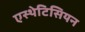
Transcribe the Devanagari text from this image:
एस्थेटिसियन